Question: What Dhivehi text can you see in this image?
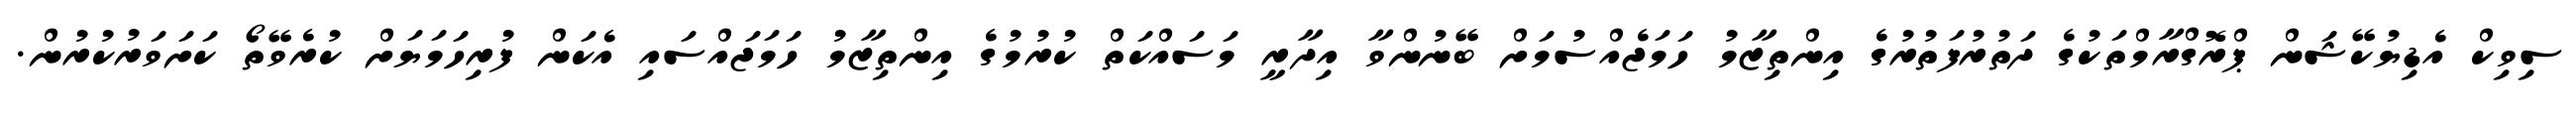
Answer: ސިވިކް އެޑިޔުކޭޝަން ޕްރޮގްރާމްތަކުގެ ދަތުރުފަތުރުގެ އިންތިޒާމު ހަމަޖެއްސުމަށް ބޭނުންވާ އިދާރީ މަސައްކަތް ކުރުމުގެ އިންތިޒާމު ހަމަޖައްސައި އެކަން ފުރިހަމަޔަށް ކުރެވޭތޯ ކަށަވަރުކުރުން.